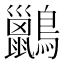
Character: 𪇹